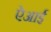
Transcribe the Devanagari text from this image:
ऐआई